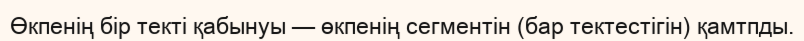
Өкпенің бір текті қабынуы — өкпенің сегментін (бар тектестігін) қамтпды.